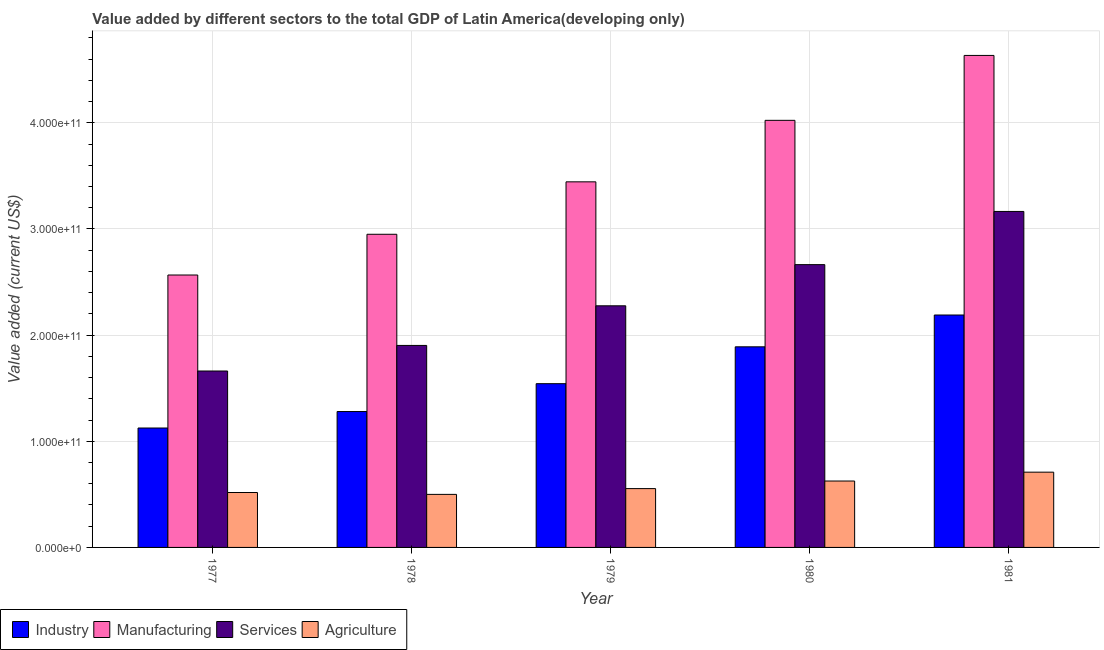
| Year | Industry | Manufacturing | Services | Agriculture |
 | --- | --- | --- | --- | --- |
 | 1977 | 1.13e+11 | 2.57e+11 | 1.66e+11 | 5.17e+10 |
 | 1978 | 1.28e+11 | 2.95e+11 | 1.9e+11 | 5e+10 |
 | 1979 | 1.54e+11 | 3.44e+11 | 2.28e+11 | 5.54e+10 |
 | 1980 | 1.89e+11 | 4.02e+11 | 2.66e+11 | 6.26e+10 |
 | 1981 | 2.19e+11 | 4.63e+11 | 3.17e+11 | 7.09e+10 |